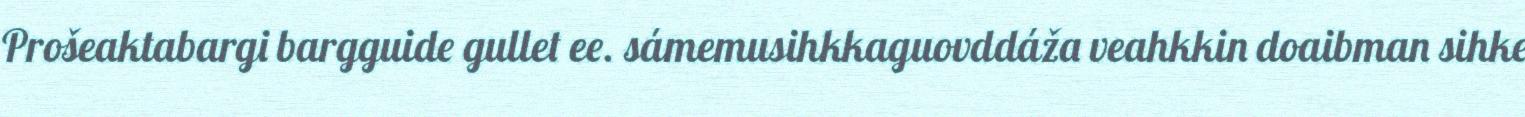
Prošeaktabargi bargguide gullet ee. sámemusihkkaguovddáža veahkkin doaibman sihke